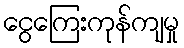
ငွေကြေးကုန်ကျမှု